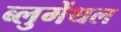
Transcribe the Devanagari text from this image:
ब्लुमेंथल